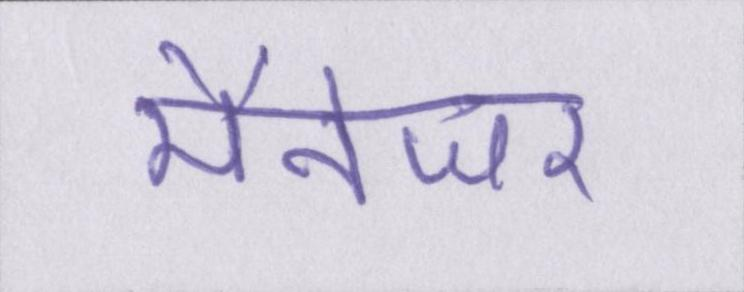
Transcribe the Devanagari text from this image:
मैनेजर